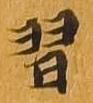
習